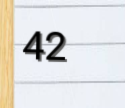
42